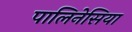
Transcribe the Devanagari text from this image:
पालिनेसिया